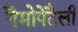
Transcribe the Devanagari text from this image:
गैमोपेटैली